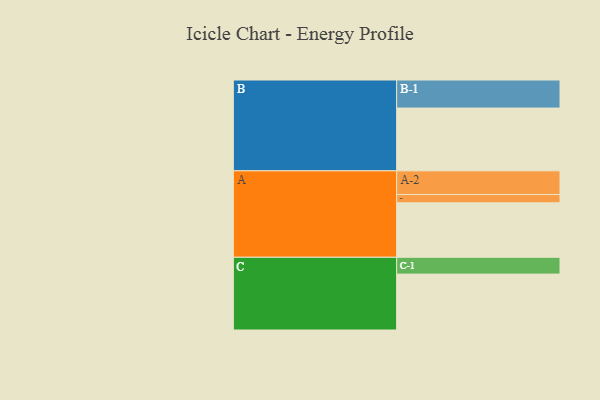
{"axis": {"x": "Segment", "y": "Value"}, "legend": ["", "A", "B", "C"], "data": [{"x": "A", "y": 499, "type": ""}, {"x": "B", "y": 575, "type": ""}, {"x": "C", "y": 512, "type": ""}, {"x": "A-1", "y": 76, "type": "A"}, {"x": "A-2", "y": 217, "type": "A"}, {"x": "B-1", "y": 257, "type": "B"}, {"x": "C-1", "y": 154, "type": "C"}]}